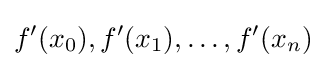
f'(x_{0}),f'(x_{1}),\ldots ,f'(x_{n})